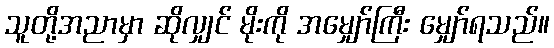
သူတို့အညာမှာ ဆိုလျှင် မိုးကို အမျှော်ကြီး မျှော်ရသည်။